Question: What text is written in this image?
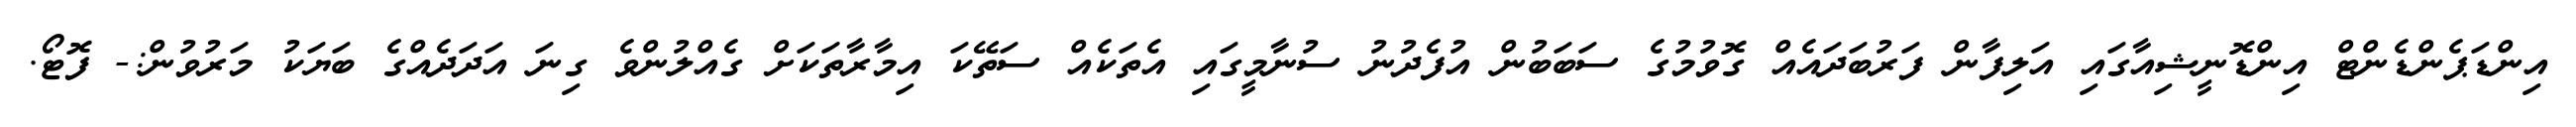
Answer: އިންޑަޕެންޑެންޓް އިންޑޮނީޝިއާގައި އަލިފާން ފަރުބަދައެއް ގޮވުމުގެ ސަބަބުން އުފެދުނު ސުނާމީގައި އެތަކެއް ސަތޭކަ އިމާރާތަކަށް ގެއްލުންވެ ގިނަ އަދަދެއްގެ ބަޔަކު މަރުވުން:- ފޮޓޯ.